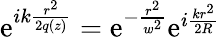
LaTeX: \begin{array}{r}{\mathrm{e}^{ik\frac{r^{2}}{2q(z)}}=\mathrm{e}^{-\frac{r^{2}}{w^{2}}}\mathrm{e}^{i\frac{kr^{2}}{2R}}}\end{array}